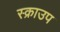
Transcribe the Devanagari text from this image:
स्क्राउप